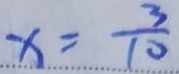
x = \frac { 3 } { 1 0 }